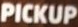
PICKUP